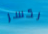
لكسر